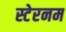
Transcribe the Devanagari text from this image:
स्टेरनम